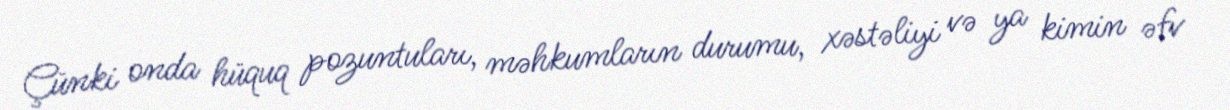
Çünki onda hüquq pozuntuları, məhkumların durumu, xəstəliyi və ya kimin əfv